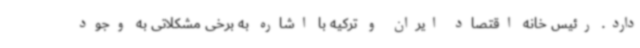
دارد. رئیس خانه اقتصاد ایران و ترکیه با اشاره به برخی مشکلاتی به وجود